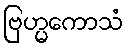
ဗြဟ္မကောသံ